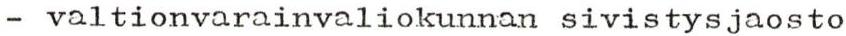
- valtionvarainvaliokunnan sivistysjaosto